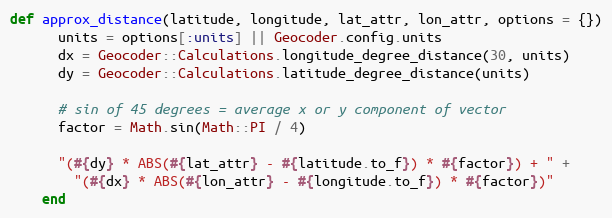
Language: Ruby
def approx_distance(latitude, longitude, lat_attr, lon_attr, options = {})
      units = options[:units] || Geocoder.config.units
      dx = Geocoder::Calculations.longitude_degree_distance(30, units)
      dy = Geocoder::Calculations.latitude_degree_distance(units)

      # sin of 45 degrees = average x or y component of vector
      factor = Math.sin(Math::PI / 4)

      "(#{dy} * ABS(#{lat_attr} - #{latitude.to_f}) * #{factor}) + " +
        "(#{dx} * ABS(#{lon_attr} - #{longitude.to_f}) * #{factor})"
    end